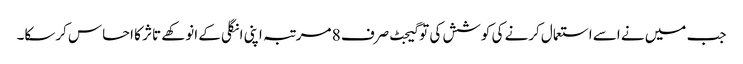
جب میں نے اسے استعمال کرنے کی کوشش کی تو گیجٹ صرف 8 مرتبہ اپنی انگلی کے انوکھے تاثر کا احساس کرسکا۔